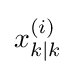
x_{k|k}^{(i)}